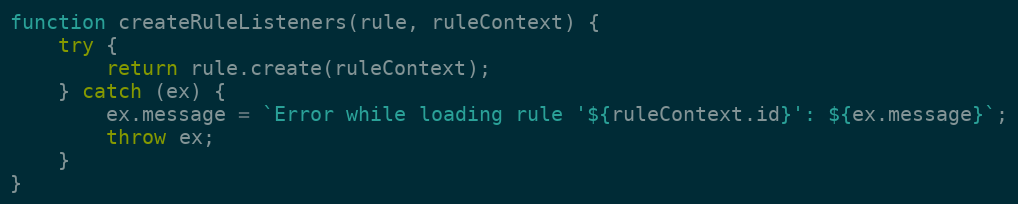
Language: JavaScript
function createRuleListeners(rule, ruleContext) {
    try {
        return rule.create(ruleContext);
    } catch (ex) {
        ex.message = `Error while loading rule '${ruleContext.id}': ${ex.message}`;
        throw ex;
    }
}